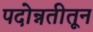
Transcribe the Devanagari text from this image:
पदोन्नतीतून